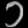
Digit: ၁